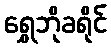
ရွှေဘိုခရိုင်